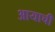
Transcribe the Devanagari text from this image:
आयाची